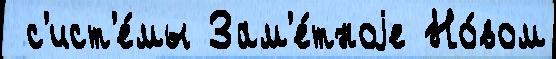
 с'ист'е́мы Зам'е́тноjе Но́вом